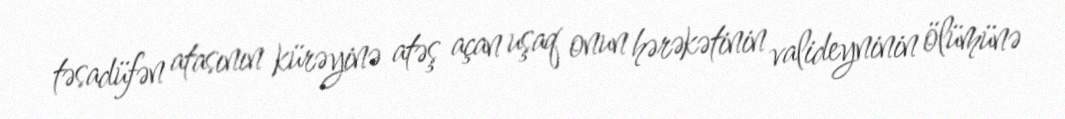
təsadüfən atasının kürəyinə atəş açan uşaq onun hərəkətinin valideyninin ölümünə